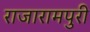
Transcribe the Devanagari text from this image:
राजारामपुरी